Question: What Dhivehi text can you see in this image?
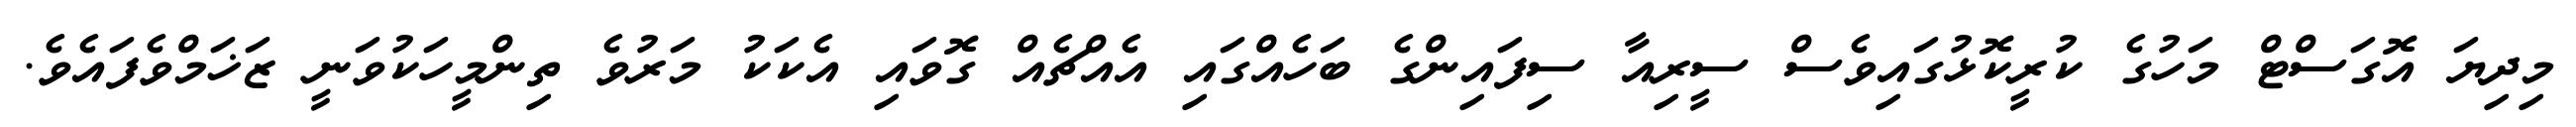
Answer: މިދިޔަ އޮގަސްޓް މަހުގެ ކުރީކޮޅުގައިވެސް ސީރިއާ ސިފައިންގެ ބަހެއްގައި އެއްޗެއް ގޮވައި އެކަކު މަރުވެ ތިންމީހަކުވަނީ ޒަޚަމްވެފައެވެ.